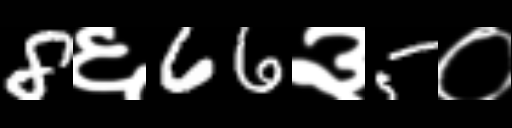
Text: 8६66३5०